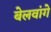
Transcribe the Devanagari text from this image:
बेलवांगे